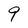
Character: 9